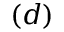
( d )